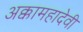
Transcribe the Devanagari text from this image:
अक्कामहादेवी